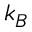
k _ { B }